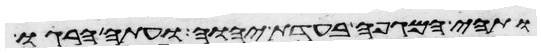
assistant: ותהי המגפה בעדת יהוה ועתה הרגו